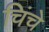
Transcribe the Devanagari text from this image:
चिंचे